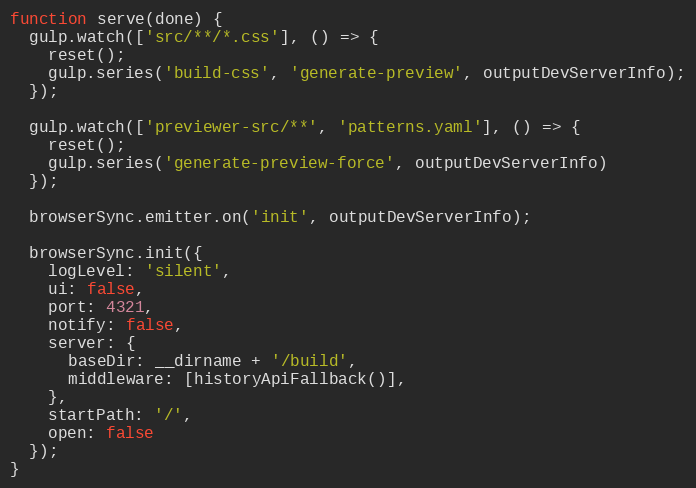
Language: JavaScript
function serve(done) {
  gulp.watch(['src/**/*.css'], () => {
    reset();
    gulp.series('build-css', 'generate-preview', outputDevServerInfo);
  });

  gulp.watch(['previewer-src/**', 'patterns.yaml'], () => {
    reset();
    gulp.series('generate-preview-force', outputDevServerInfo)
  });

  browserSync.emitter.on('init', outputDevServerInfo);

  browserSync.init({
    logLevel: 'silent',
    ui: false,
    port: 4321,
    notify: false,
    server: {
      baseDir: __dirname + '/build',
      middleware: [historyApiFallback()],
    },
    startPath: '/',
    open: false
  });
}